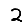
Digit: 2